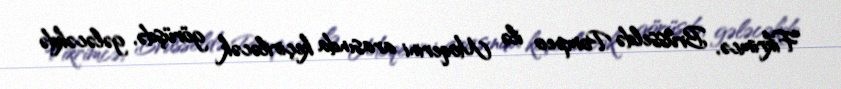
Fikrimcə, Brüsseldə Pompeo ilə Moqerini arasında keçiriləcək görüşdə, gələcəkdə